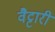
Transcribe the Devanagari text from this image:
वैट्टारी